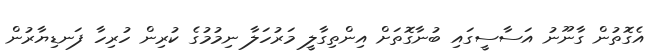
އެގޮތުން ގާނޫނު އަސާސީގައި ބުނާގޮތަށް އިންތިގާލީ މަރުހަލާ ނިމުމުގެ ކުރިން ހުރިހާ ފަނޑިޔާރުން